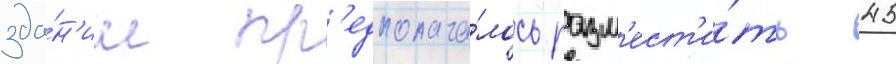
зда́н'ии пр'едполага́лось разм'ест'и́ть 45